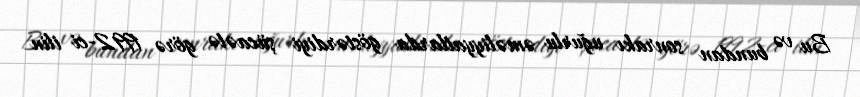
Bu və bundan sonrakı uğurlu əməliyyatlarda göstərdiyi şücaətə görə 1992-ci ilin